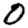
Digit: 0